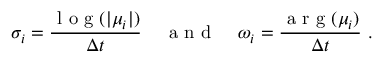
\sigma _ { i } = \frac { \mathrm { ~ l ~ o ~ g ~ } ( | \mu _ { i } | ) } { \Delta t } \; \; \; \; \mathrm { ~ a ~ n ~ d ~ } \; \; \; \; \omega _ { i } = \frac { \mathrm { ~ a ~ r ~ g ~ } ( \mu _ { i } ) } { \Delta t } \mathrm { ~ . ~ }